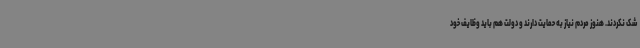
شک نکردند. هنوز مردم نیاز به حمایت دارند و دولت هم باید وظایف خود